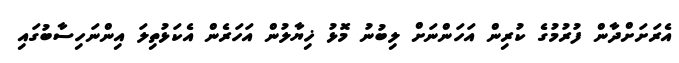
އެރަށަށްދާން ފުރުމުގެ ކުރިން އަހަންނަށް ލިބުނު މޮޅު ޚިޔާލުން އަހަރެން އެކަޅުތިލަ އިންނަހިސާބުގައި